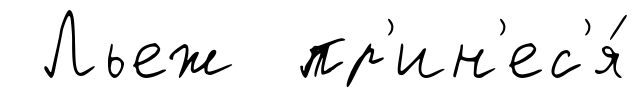
Льеж пр'ин'ес'я́